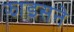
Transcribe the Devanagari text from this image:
झाइसने